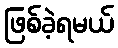
ဖြစ်ခဲ့ရမယ်